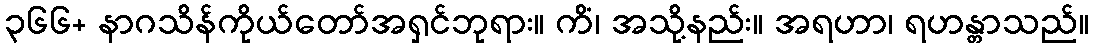
၃၆၆+ နာဂသိန်ကိုယ်တော်အရှင်ဘုရား။ ကိံ၊ အသို့နည်း။ အရဟာ၊ ရဟန္တာသည်။